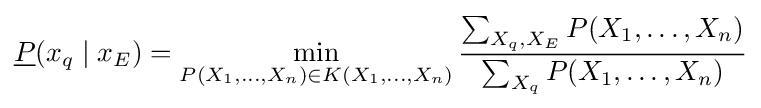
{\underline {P}}(x_{q}\mid x_{E})=\min _{P(X_{1},\ldots ,X_{n})\in K(X_{1},\ldots ,X_{n})}{\frac {\sum _{X_{q},X_{E}}P(X_{1},\ldots ,X_{n})}{\sum _{X_{q}}P(X_{1},\ldots ,X_{n})}}